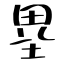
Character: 塁